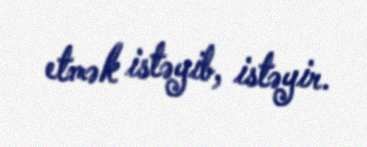
etmək istəyib, istəyir.